Lunatic asylums Bombay report 1891-1903 - 1891-1903
Year: 1891
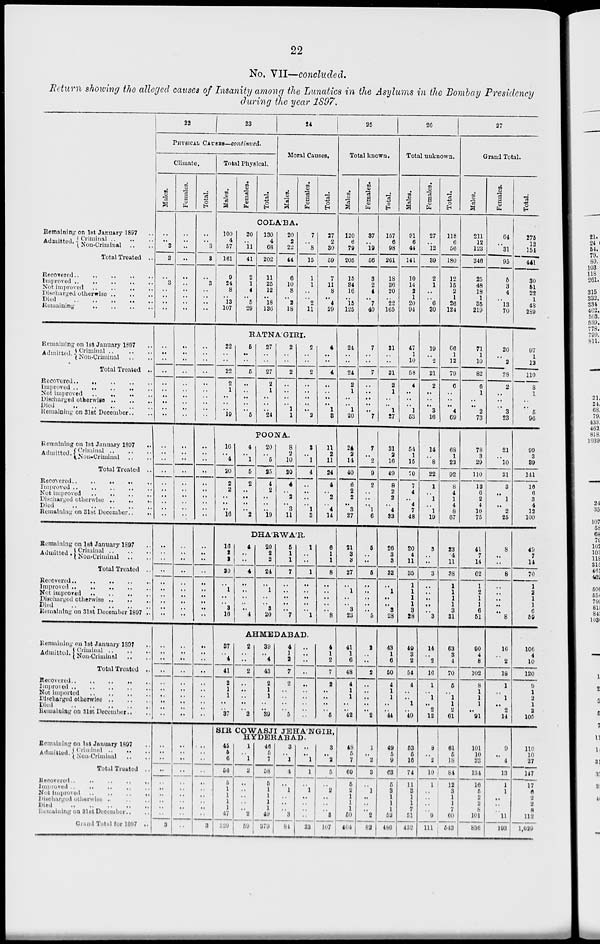
22
No. VII—concluded.
Return showing the alleged causes of Insanity among the Lunatics in the Asylums in the Bombay Presidency
during the year 1897.
Remaining on 1st January 1897 ..
Admitted. Criminal .. .. ..
Non-Criminal .. ..
Total Treated ..
Recovered .. .. .. .. ..
Improved .. .. .. .. ..
Not improved .. .. .. ..
Discharged otherwise .. .. ..
Died .. .. .. .. ..
Remaining .. .. .. ..
Remaining on 1st January 1897 ..
Admitted. Criminal .. .. ..
Non-Criminal .. ..
Total Treated ..
Recovered .. .. .. .. ..
Improved .. .. .. .. ..
Not improved .. .. .. ..
Discharged otherwise .. .. ..
Died .. .. .. .. ..
Remaining on 31st December .. ..
Remaining on 1st January 1897 ..
Admitted. Criminal .. .. ..
Non-Criminal .. ..
Total Treated ..
Recovered..
..
..
..
Improved .. .. .. .. ..
Not improved .. .. .. ..
Discharged otherwise .. .. ..
Died .. .. .. .. ..
Remaining on 31st December ..
..
Remaining on 1st January 1897 ..
Admitted. Criminal .. .. ..
Non-Criminal .. ..
Total Treated ..
Recovered .. .. .. .. ..
Improved .. .. .. .. ..
Not improved .. .. .. ..
Discharged otherwise .. .. ..
Died .. .. .. .. ..
Remaining on 31st December 1897 ..
Remaining on 1st January 1897 ..
Admitted. Criminal .. .. ..
Non-Criminal .. ..
Total Treated ..
Recovered .. .. .. .. ..
Improved .. .. .. .. ..
Not improved .. .. .. ..
Discharged otherwise .. .. ..
Died .. .. .. .. ..
Remaining on 31st December .. ..
Remaining on 1st January 1897 ..
Admitted. Criminal .. .. ..
Non-Criminal .. ..
Total Treated ..
Recovered .. .. .. .. ..
Improved .. .. .. .. ..
Not improved .. .. .. ..
Discharged otherwise .. .. ..
Died .. .. .. .. ..
Remaining on 31st December .. ..
Grand Total for 1897 ..
22
23
PHYSICAL CAUSES—continued.
Climate.
Males.
..
..
3
3
..
3
..
..
..
..
..
..
..
..
..
..
..
..
..
..
..
..
..
..
..
..
..
..
..
..
..
..
..
..
..
..
..
..
..
..
..
..
..
..
..
..
..
..
..
..
..
..
..
..
..
..
..
..
..
..
3
Females.
..
..
..
..
..
..
..
..
..
..
..
..
..
..
..
..
..
..
..
..
..
..
..
..
..
..
..
..
..
..
..
..
..
..
..
..
..
..
..
..
..
..
..
..
..
..
..
..
..
..
..
..
..
..
..
..
..
..
..
..
..
Total.
..
..
3
3
..
3
..
..
..
..
..
..
..
..
..
..
..
..
..
..
..
..
..
..
..
..
..
..
..
..
..
..
..
..
..
..
..
..
..
..
..
..
..
..
..
..
..
..
..
..
..
..
..
..
..
..
..
..
..
..
3
Total Physical.
Males.
Females.
Total.
24
Moral Causes.
Males.
Females.
Total.
COLA'BA.
100
4
57
161
9
24
8
..
13
107
30
..
11
41
2
1
4
..
5
29
130
4
68
202
11
25
12
..
18
136
20
2
22
44
6
10
8
..
2
18
7
..
8
15
1
1
..
..
2
11
27
2
30
59
7
11
8
..
4
29
RATNA'GIRI.
22
..
..
22
2
1
..
..
..
19
5
..
..
5
..
..
..
..
..
5
27
..
..
27
2
1
..
..
..
24
2
..
..
2
..
..
..
..
1
1
2
..
..
2
..
..
..
..
..
2
4
..
..
4
..
..
..
..
1
3
POONA.
16
..
4
20
2
2
..
..
..
16
4
..
1
5
2
..
..
..
..
2
20
..
5
25
4
2
..
..
..
19
8
2
10
20
4
..
2
..
3
11
3
..
1
4
..
..
..
..
1
3
11
2
11
24
4
..
2
..
4
14
DHA'RWA'R.
16
2
2
20
..
1
..
..
8
16
4
..
..
4
..
..
..
..
..
4
20
2
2
24
..
1
..
..
8
20
5
1
1
7
..
..
..
..
..
7
1
..
..
1
..
..
..
..
..
1
6
1
1
8
..
..
..
..
..
8
AHMEDABAD.
37
..
4
41
2
1
1
..
..
37
2
..
..
2
..
..
..
..
..
2
39
..
4
43
2
1
1
..
..
39
4
1
2
7
2
..
..
..
..
5
..
..
..
..
..
..
..
..
..
..
4
1
2
7
2
..
..
..
..
5
SIR COWASJI JEHA'NGIR,
HYDERABAD.
45
6
6
56
6
1
1
1
1
47
320
1
..
1
2
..
..
..
..
..
2
59
46
6
7
58
6
1
1
1
1
49
379
8
..
1
4
..
1
..
..
..
3
84
..
..
1
1
..
1
..
..
..
..
23
8
..
2
5
..
2
..
..
..
3
107
25
Total known.
Males.
120
6
79
205
15
84
16
..
15
125
24
..
..
24
2
1
..
..
1
20
24
2
14
40
6
2
2
..
3
27
21
8
3
27
..
1
..
..
3
23
41
1
6
48
4
1
1
..
..
42
48
5
7
60
6
2
1
1
1
50
404
Females.
37
..
19
56
3
2
4
..
7
40
7
..
..
7
..
..
..
..
..
7
7
..
2
9
2
..
..
..
1
6
5
..
..
5
..
..
..
..
..
5
2
..
..
2
..
..
..
..
..
2
1
..
2
8
..
1
..
..
..
2
82
Total.
157
6
98
261
18
36
20
..
22
165
31
..
..
31
2
1
..
..
1
27
31
2
16
49
8
2
2
..
4
33
26
8
3
82
..
1
..
..
3
28
43
1
6
50
4
1
1
..
..
44
49
5
9
68
6
3
1
1
1
52
486
26
Total unknown.
Males.
91
6
44
141
10
14
2
1
20
94
47
1
10
58
4
..
..
..
1
53
54
1
15
70
7
4
..
4
7
48
20
4
11
35
1
1
1
1
3
28
49
8
2
54
4
..
..
1
..
49
53
6
16
74
11
3
1
1
7
51
432
Females.
27
..
12
39
2
1
..
..
6
30
19
..
2
21
2
..
..
..
3
16
14
..
8
22
1
..
1
..
1
19
3
..
..
3
..
..
..
..
..
3
14
..
2
16
1
..
1
..
2
12
8
..
2
10
1
..
..
..
..
9
111
Total.
118
6
56
180
12
15
2
1
26
124
66
1
12
79
6
..
..
..
4
69
68
1
23
92
8
4
1
4
8
67
23
4
11
38
1
1
1
1
3
31
63
8
4
70
5
..
1
1
2
61
61
6
18
84
12
3
1
1
7
60
543
27
Grand Total.
Males.
211
12
123
346
25
48
18
1
35
219
71
1
10
82
6
1
..
..
2
73
78
3
29
110
13
6
2
4
10
75
41
7
14
62
1
2
1
1
6
51
90
4
8
102
8
1
1
1
..
91
101
10
23
134
16
5
2
2
8
101
836
Females.
64
..
31
95
5
3
4
..
13
70
26
..
2
28
2
..
..
..
3
23
21
..
10
31
3
..
1
..
2
25
8
..
..
8
..
..
..
..
..
8
16
..
2
18
1
..
1
..
2
14
9
..
4
13
1
1
..
..
..
11
193
Total.
275
12
154
441
30
51
22
1
48
289
97
1
12
110
8
1
..
..
5
96
99
3
39
141
16
6
3
4
12
100
49
7
14
70
1
2 1
1
6
59
106
4
10
120
9
1
2
1
2
105
110 10
27
147
17
6
2
2
8
112
1,029